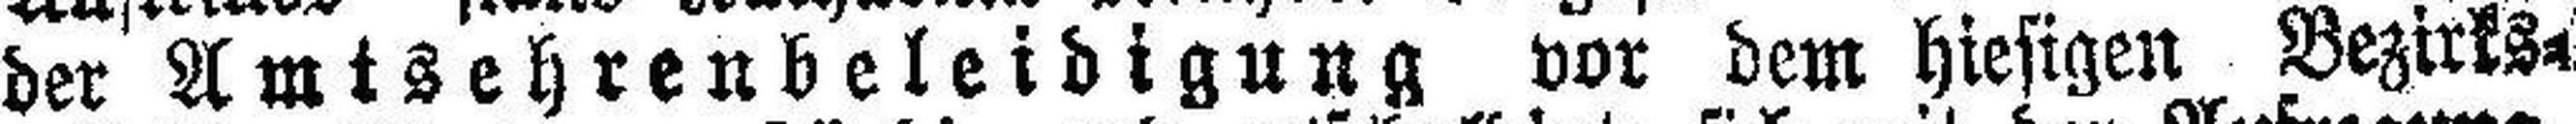
der Amtsehrenbeleidigung vor dem hiesigen Bezirks¬